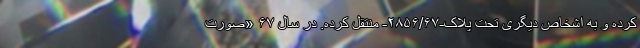
کرده و به اشخاص دیگری تحت پلاک-۲۸۵۶/۶۷- منتقل کرده. در سال ۶۷ «صورت